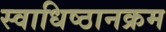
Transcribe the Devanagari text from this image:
स्वाधिष्ठानक्रम